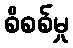
စိစစ်မှု